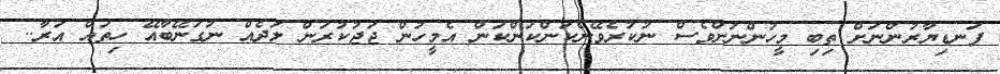
ފަނޑިޔާރުންނަށް ތިބި މީހުންނަށްވެސް ނުކުރެވޭނެކަންކަންކަން އެމީހުން ޖަޖުކުރަން ލަދެއް ނުގަނޭބާއޭ ހިތައް އަރާ..